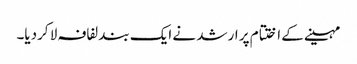
مہینے کے ا ختتام پر ارشد نے ایک بند لفافہ لا کردیا۔